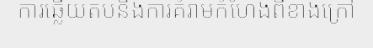
ការឆ្លើយតបនឹងការគំរាមកំហែងពីខាងក្រៅ